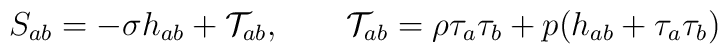
S_{ab}=-\sigma h_{ab}+\mathcal{T}_{ab}, \qquad \mathcal{T}_{ab}=\rho\tau_a\tau_b+p(h_{ab}+\tau_a\tau_b) \nonumber